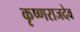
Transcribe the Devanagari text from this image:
कृष्णराजदेव